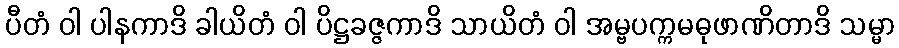
ပီတံ ဝါ ပါနကာဒိ ခါယိတံ ဝါ ပိဋ္ဌခဇ္ဇကာဒိ သာယိတံ ဝါ အမ္ဗပက္ကမဓုဖာဏိတာဒိ သမ္မာ